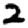
Digit: 2